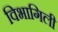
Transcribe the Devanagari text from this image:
विभागिली